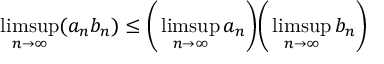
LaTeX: \operatorname* { l i m s u p } _ { n \to \infty } ( a _ { n } b _ { n } ) \leq { \biggl ( } \operatorname* { l i m s u p } _ { n \to \infty } a _ { n } { \biggr ) } { \biggl ( } \operatorname* { l i m s u p } _ { n \to \infty } b _ { n } { \biggr ) }